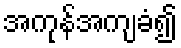
အကုန်အကျခံ၍